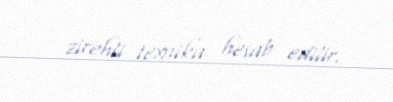
zirehli texnika hesab edilir.